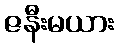
ဇနီးမယား